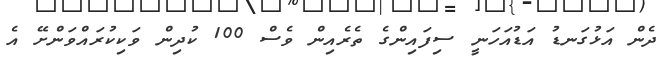
ދެން އަޅުގަނޑު އަޑުއަހަނީ ސިފައިންގެ ތެރެއިން ވެސް 100 ކުދިން ވަކިކުރައްވަންށޭ އެ